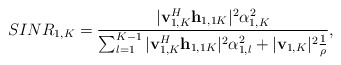
\begin{align*}&SINR_{1,K} = \frac{|\mathbf{v}_{1,K}^H\mathbf{h}_{1,1K}|^2 \alpha_{1,K}^2 }{ \sum^{K-1}_{l=1}|\mathbf{v}_{1,K}^H\mathbf{h}_{1,1K} |^2 \alpha_{1,l}^2 +|\mathbf{v}_{1,K}|^2\frac{1}{\rho}},\end{align*}